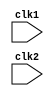
module processor_1_pipeline(clk1, clk2);
    input clk1,clk2;
    reg[31:0] PC,IF_ID_NPC,ID_EX_NPC,EX_Mem_NPC,IF_ID_IR,ID_EX_IR,EX_Mem_IR,Mem_WB_IR,ID_EX_A,ID_EX_B,EX_Mem_B;
    reg[31:0] ID_EX_imm,EX_Mem_ALUout,Mem_WB_ALUout,Mem_WB_LMD;
    reg EX_Mem_cond;
    reg branch_taken, halted;
    
    reg[2:0] ID_EX_type,EX_Mem_type,Mem_WB_type;
    
    reg[31:0] Reg[0:31];
    reg[31:0] Mem[0:1023];
    
    //defining the instructions
    parameter ADD = 6'b000000, SUB = 6'b000001, AND = 6'b000010, OR = 6'b000011, SLT = 6'b000100, MUL = 6'b000101, HLT = 6'b000110;
    parameter LW = 6'b001000, SW = 6'b001001, ADDI = 6'b001010, SUBI = 6'b001011, SLTI = 6'b001100, BNEQZ = 6'b001101, BEQZ = 6'b001110;
    
    //defining the type of alu present.
    parameter RR_ALU = 3'b000, RM_ALU = 3'b001, Load = 3'b010, Store = 3'b011, Branch = 3'b100, Halt = 3'b101;
    
    
    //Stage 1--> IF
    always @(posedge clk1)
        begin
            if(halted == 0)
                begin
                    if(((EX_Mem_IR[31:26] == BEQZ)&(EX_Mem_cond == 1))|((EX_Mem_IR[31:26] == BNEQZ)&(EX_Mem_cond == 0)))
                        begin
                            branch_taken <= #2 1'b1;
                            IF_ID_NPC <= #2 1 + EX_Mem_ALUout;
                            IF_ID_IR <= #2 Mem[EX_Mem_ALUout];
                            PC <= #2 EX_Mem_ALUout+1;
                        end
                    else
                        begin
                            PC <= #2 PC+1;
                            IF_ID_NPC <= #2 PC+1;
                            IF_ID_IR <= #2 Mem[PC]; 
                        end                    
                end 
        end
        
        
    
    //Stage 2--> Instruction decoding
    always @(posedge clk2)
        begin
            if(halted == 0)
                begin
                    if(IF_ID_IR[25:21] == 5'b00000)
                        ID_EX_A <= 0;
                    else                    
                        ID_EX_A <= #2 Reg[IF_ID_IR[25:21]];
                    if(IF_ID_IR[20:16] == 5'b00000)
                        ID_EX_B <=0;
                    else                    
                        ID_EX_B <= #2 Reg[IF_ID_IR[20:16]];
                    ID_EX_IR <= #2 IF_ID_IR;
                    
                    ID_EX_NPC <= #2 IF_ID_NPC;
                    ID_EX_imm <= #2 {{16{IF_ID_IR[15]}},{IF_ID_IR[15:0]}};
                    
                    case(IF_ID_IR[31:26])
                        ADD,SUB,AND,OR,SLT,MUL: ID_EX_type <= #2 RR_ALU;
                        ADDI,SUBI,SLTI:         ID_EX_type <= #2 RM_ALU;
                        LW:                     ID_EX_type <= #2 Load;
                        SW:                     ID_EX_type <= #2 Store;
                        BEQZ,BNEQZ:             ID_EX_type <= #2 Branch;
                        HLT:                    ID_EX_type <= #2 Halt;
                        default:                ID_EX_type <= #2 Halt;
                    endcase
                end 
        end    
    
    
    //Stage 3--> Exection of instruction
    always @(posedge clk1)
        begin  
            if(halted==0)
                begin 
                    branch_taken <= #2 1'b0;
                    EX_Mem_NPC <= #2 ID_EX_NPC;
                    EX_Mem_IR <= #2 ID_EX_IR;
                    EX_Mem_type <= #2 ID_EX_type; 
                    case(ID_EX_type)
                        RR_ALU:
                            begin
                                case(ID_EX_IR[31:26])
                                    ADD:    EX_Mem_ALUout <= #2 ID_EX_A + ID_EX_B;
                                    SUB:    EX_Mem_ALUout <= #2 ID_EX_A - ID_EX_B;
                                    AND:    EX_Mem_ALUout <= #2 ID_EX_A & ID_EX_B;
                                    OR:     EX_Mem_ALUout <= #2 ID_EX_A | ID_EX_B;
                                    SLT:    EX_Mem_ALUout <= #2 ID_EX_A < ID_EX_B;
                                    MUL:    EX_Mem_ALUout <= #2 ID_EX_A * ID_EX_B;
                                    default:EX_Mem_ALUout <= #2 32'hxxxxxxxx;
                                endcase 
                            end
                        RM_ALU:
                            begin
                                case(ID_EX_IR[31:26])
                                    ADDI:   EX_Mem_ALUout <= #2 ID_EX_A + ID_EX_imm;
                                    SUBI:   EX_Mem_ALUout <= #2 ID_EX_A - ID_EX_imm;
                                    SLTI:   EX_Mem_ALUout <= #2 ID_EX_A < ID_EX_imm;
                                    default:EX_Mem_ALUout <= #2 32'hxxxxxxxx;
                                endcase                         
                            end
                        Load, Store: 
                            begin
                                EX_Mem_ALUout <= #2 ID_EX_A + ID_EX_imm;
                                EX_Mem_B <= #2 ID_EX_B; 
                            end                         
                        Branch:
                            begin
                                EX_Mem_ALUout <= #2 ID_EX_NPC + ID_EX_imm;
                                EX_Mem_cond <= #2 (ID_EX_A == 0);
                            end                       
                    endcase
                end
        end
    
    //Stage 4--> Memory Stage
    always @(posedge clk2)
        begin
            if(halted==0)
                begin
                    Mem_WB_IR <= #2 EX_Mem_IR;
                    Mem_WB_ALUout <= #2 EX_Mem_ALUout;
                    Mem_WB_type <= #2 EX_Mem_type;
                    case(EX_Mem_type)
                        Load: Mem_WB_LMD <= #2 Mem[EX_Mem_ALUout];
                        Store:
                            begin
                                if(branch_taken == 0)
                                    Mem[EX_Mem_ALUout] <= #2 EX_Mem_B;
                            end 
                        RR_ALU, RM_ALU: Mem_WB_ALUout <= #2 EX_Mem_ALUout; 
                                                    
                            
                    endcase
            end
        end
     
    //Stage 5--> Writing Back to the register 
    always @(posedge clk1)
        begin
            if(branch_taken == 0)
                begin
                    case(Mem_WB_type)
                        RR_ALU: Reg[Mem_WB_IR[15:11]] <= #2 Mem_WB_ALUout;
                        RM_ALU: Reg[Mem_WB_IR[20:16]] <= #2 Mem_WB_ALUout;
                        Load:   Reg[Mem_WB_IR[20:16]] <= #2 Mem_WB_LMD;
                        Halt:   halted <= #2 1'b1;
                    endcase
                end
        end
        
endmodule